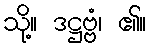
သို့။ ဒဋ္ဌဗ္ဗံ၊ ၏။